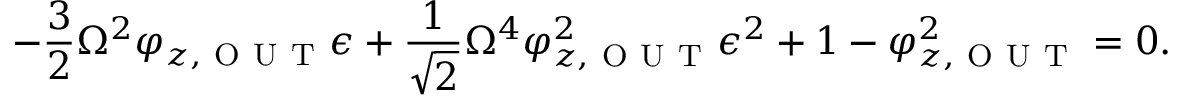
- \frac { 3 } { 2 } \Omega ^ { 2 } \varphi _ { z , \mathrm { ~ O ~ U ~ T ~ } } \epsilon + \frac { 1 } { \sqrt { 2 } } \Omega ^ { 4 } \varphi _ { z , \mathrm { ~ O ~ U ~ T ~ } } ^ { 2 } \epsilon ^ { 2 } + 1 - \varphi _ { z , \mathrm { ~ O ~ U ~ T ~ } } ^ { 2 } = 0 .